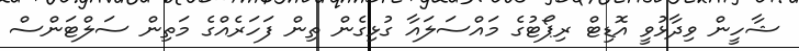
ޝާހީން ވިދާޅުވީ އޮޑިޓް ރިޕޯޓުގެ މައްސަލައާ ގުޅިގެން ތިން ފަހަރެއްގެ މަތިން ސަލްޓަންސް